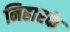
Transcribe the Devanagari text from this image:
निहारके